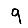
Digit: 9